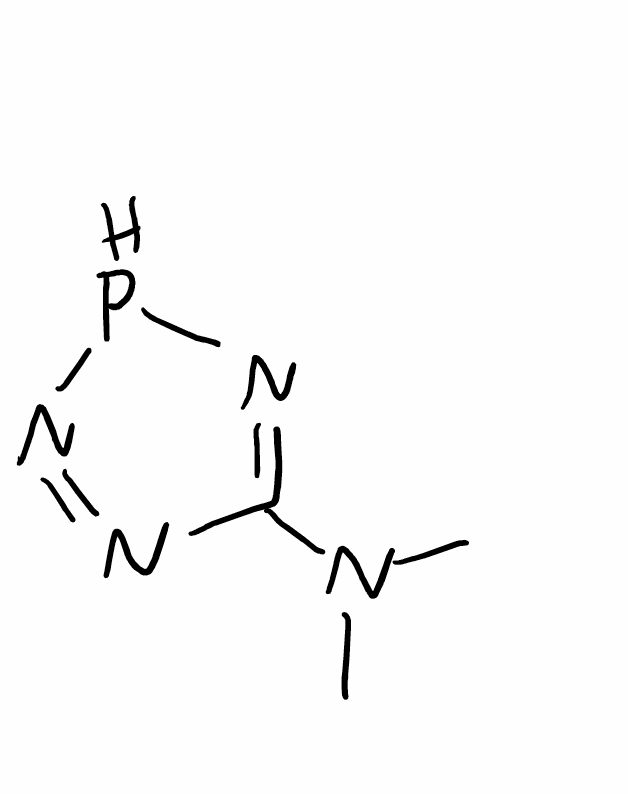
Simplified molecular-input line-entry system (SMILES) notation of the given molecule:
CN(C)C1=NPN=N1